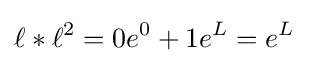
\ell *\ell ^{2}=0e^{0}+1e^{L}=e^{L}